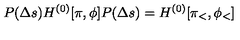
{ P ( \Delta s ) H ^ { ( 0 ) } [ \pi , \phi ] P ( \Delta s ) } = H ^ { ( 0 ) } [ \pi _ { < } , \phi _ { < } ]